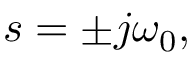
s = \pm j \omega _ { 0 } ,